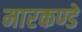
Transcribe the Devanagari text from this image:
मारकण्डे